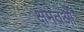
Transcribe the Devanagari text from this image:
क्षमतओं